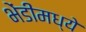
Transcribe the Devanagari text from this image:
भेंडीमध्ये